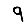
Digit: 9